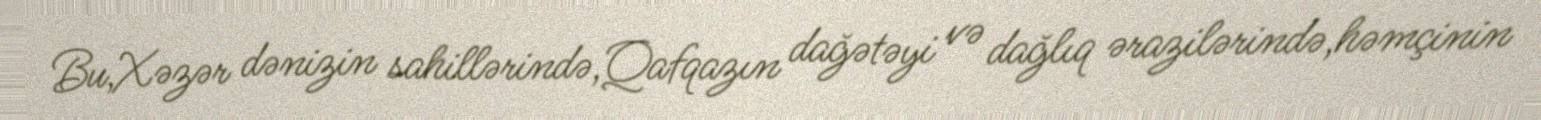
Bu,Xəzər dənizin sahillərində,Qafqazın dağətəyi və dağlıq ərazilərində,həmçinin